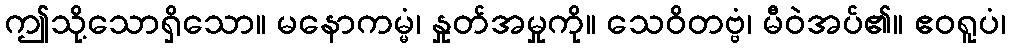
ဤသို့သောရှိသော။ မနောကမ္မံ၊ နှုတ်အမှုကို။ သေဝိတဗ္ဗံ၊ မီဝဲအပ်၏။ ဧဝရူပံ၊